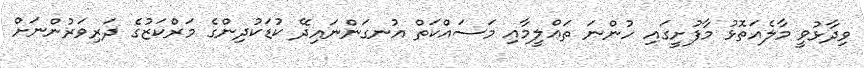
ވިދާޅުވީ މާލެއަތޮޅު މާފުށީގައި ހުންނަ ތަޢްލީމާއި މަސައްކަތް އުނގަންނައިދޭ ކުޑަކުދިންގެ މަރްކަޒުގެ ދަރިވަރުންނަށް